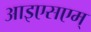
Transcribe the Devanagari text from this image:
आइएसएम्